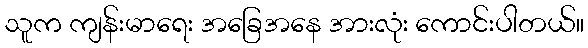
သူက ကျန်းမာရေး အခြေအနေ အားလုံး ကောင်းပါတယ်။